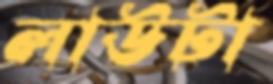
লাউটা